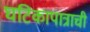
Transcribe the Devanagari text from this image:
घटिकापात्राची